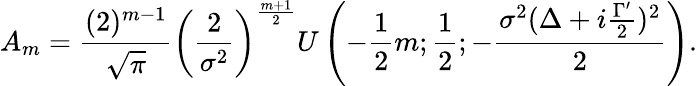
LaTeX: A_{m}=\frac{(2)^{m-1}}{\sqrt{\pi}}\left(\frac{2}{\sigma^{2}}\right)^{\frac{m+1}{2}}U\left(-\frac{1}{2}m;\frac{1}{2};-\frac{\sigma^{2}(\Delta+i\frac{\Gamma^{\prime}}{2})^{2}}{2}\right).